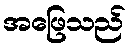
အဖြေသည်